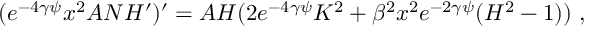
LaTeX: ( e ^ { - 4 \gamma \psi } x ^ { 2 } A N H ^ { \prime } ) ^ { \prime } = A H ( 2 e ^ { - 4 \gamma \psi } K ^ { 2 } + \beta ^ { 2 } x ^ { 2 } e ^ { - 2 \gamma \psi } ( H ^ { 2 } - 1 ) ) \ ,